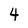
Character: 4